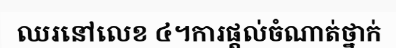
ឈរនៅលេខ ៤។ការផ្តល់ចំណាត់ថ្នាក់